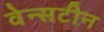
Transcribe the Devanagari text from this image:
वेन्सटीन